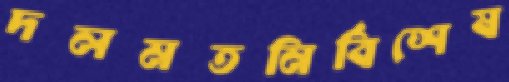
দলমতনির্বিশেষ